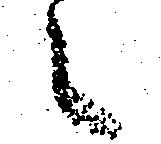
之